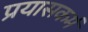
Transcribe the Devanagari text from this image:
प्रयासकर्म